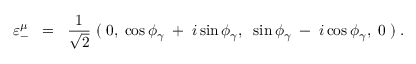
\varepsilon _ { - } ^ { \mu } \; \; = \; \; \frac { 1 } { \sqrt { 2 } } \; ( \; 0 , \; \cos \phi _ { \gamma } \; + \; i \sin \phi _ { \gamma } , \; \; \sin \phi _ { \gamma } \; - \; i \cos \phi _ { \gamma } , \; 0 \; ) \; .